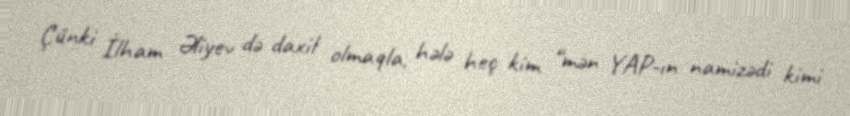
Çünki İlham Əliyev də daxil olmaqla, hələ heç kim “mən YAP-ın namizədi kimi